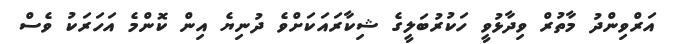
އަރްވިންދު މާތުރް ވިދާޅުވީ ހަކުރުބަލީގެ ޝިކާރައަކަށްވެ ދުނިޔެ އިން ކޮންމެ އަހަރަކު ވެސް